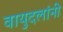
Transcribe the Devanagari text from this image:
वायुदलांनी